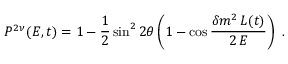
P ^ { 2 \nu } ( E , t ) = 1 - \frac { 1 } { 2 } \sin ^ { 2 } 2 \theta \left( 1 - \cos \frac { \delta m ^ { 2 } \, L ( t ) } { 2 \, E } \right) \ .